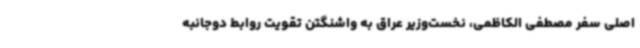
اصلی سفر مصطفی الکاظمی، نخست‌وزیر عراق به واشنگتن تقویت روابط دوجانبه